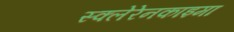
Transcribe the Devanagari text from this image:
स्क्लेरेनकाइमा